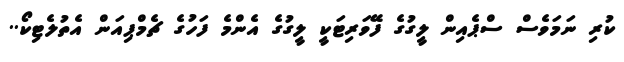
ކުރި ނަމަވެސް ސްޕެއިން ލީގުގެ ފޭވަރިޓަކީ ލީގުގެ އެންމެ ފަހުގެ ޗެމްޕިއަން އެތުލެޓިކޯ..